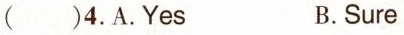
( )4.A.Yes B.Sure